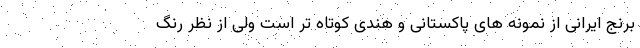
برنج ایرانی از نمونه های پاکستانی و هندی کوتاه تر است ولی از نظر رنگ